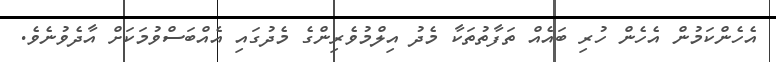
އެހެންކަމުން އެހެން ހުރި ބައެއް ތަފާތުތަކާ މެދު އިލްމުވެރިންގެ މެދުގައި އެއްބަސްވުމަކަށް އާދެވުނެވެ.